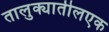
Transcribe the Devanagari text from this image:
तालुक्यातीलएक